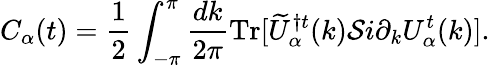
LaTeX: C_{\alpha}(t)=\frac{1}{2}\int_{-\pi}^{\pi}\frac{dk}{2\pi}\mathrm{Tr}[\widetilde{U}_{\alpha}^{\dagger t}(k){\cal S}i\partial_{k}U_{\alpha}^{t}(k)].